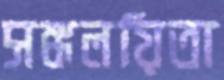
সঙ্কলয়িতা